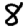
Digit: 8